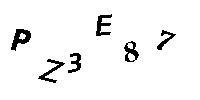
PZ3E87